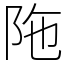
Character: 陁